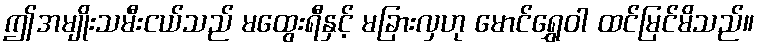
ဤအမျိုးသမီးငယ်သည် မထွေးရီနှင့် မခြားလှဟု မောင်ရွှေဝါ ထင်မြင်မိသည်။